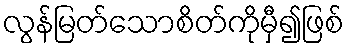
လွန်မြတ်သောစိတ်ကိုမှီ၍ဖြစ်